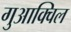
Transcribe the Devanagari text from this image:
गुआक्विल